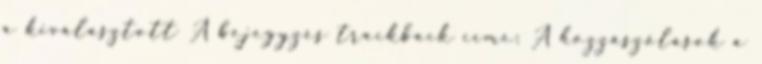
a kiválasztott A bejegyzés trackback címe: A hozzászólások a